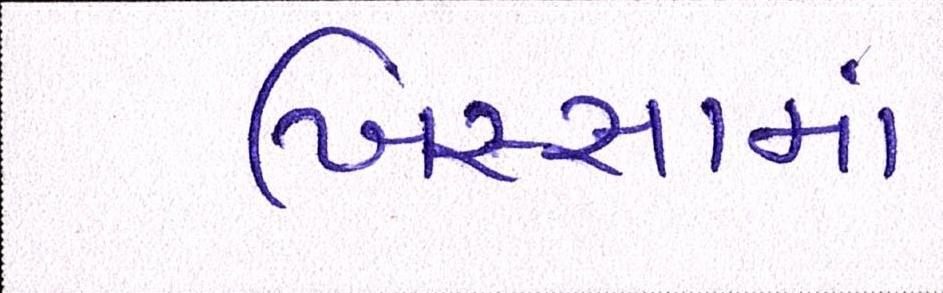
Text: ખિસ્સામાં